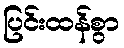
ပြင်းထန်စွာ